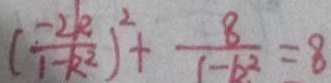
( \frac { - 2 k } { 1 - k ^ { 2 } } ) ^ { 2 } + \frac { 8 } { 1 - b ^ { 2 } } = 8